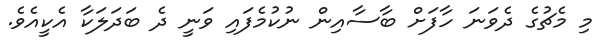
މި މެޗުގެ ދެވަނަ ހާފަށް ބާސާއިން ނުކުމެފައި ވަނީ ދެ ބަދަލަކާ އެކީއެވެ.